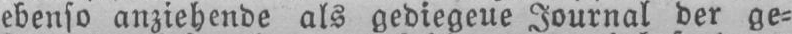
ebenso anziehende als gediegene Journal der ge⸗